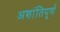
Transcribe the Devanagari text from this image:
अशांतिपूर्ण